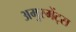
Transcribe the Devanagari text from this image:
अमुस्मेंट्स